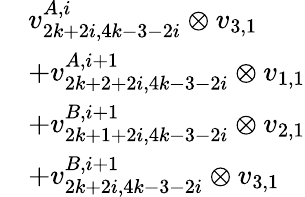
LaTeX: \begin{array}{rl}&{v_{2k+2i,4k-3-2i}^{A,i}\otimes v_{3,1}}\\ &{+v_{2k+2+2i,4k-3-2i}^{A,i+1}\otimes v_{1,1}}\\ &{+v_{2k+1+2i,4k-3-2i}^{B,i+1}\otimes v_{2,1}}\\ &{+v_{2k+2i,4k-3-2i}^{B,i+1}\otimes v_{3,1}}\end{array}